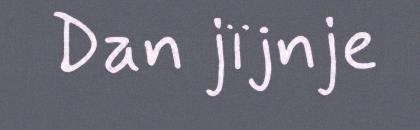
Dan jïjnje